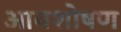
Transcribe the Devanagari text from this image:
आवशोषण